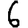
Digit: 6